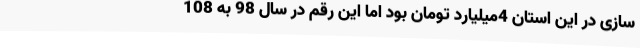
سازی در این استان 4میلیارد تومان بود اما این رقم در سال 98 به 108